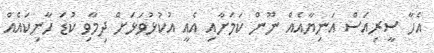
އެހާ ސީރިއަސް އަނިޔާއެއް ނޫން ކަމަށާއި އެއީ އުކުޅުވަޅަށް ދިމާވި ކުޑަ ހާނިކައެއް